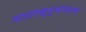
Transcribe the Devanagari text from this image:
घाटरस्त्यावरच